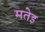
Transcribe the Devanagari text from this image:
मतेइ